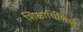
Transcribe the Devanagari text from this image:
शिक्षार्थिणियों